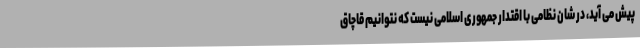
پیش می آید، در شان نظامی با اقتدار جمهوری اسلامی نیست که نتوانیم قاچاق